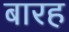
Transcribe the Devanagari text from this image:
बारह